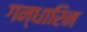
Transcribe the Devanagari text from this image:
गन्धारिन